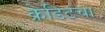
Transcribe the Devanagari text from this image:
क्रेडिटचा